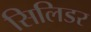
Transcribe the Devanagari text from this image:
सिलिडर